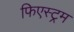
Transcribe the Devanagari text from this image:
फिएस्ट्रम